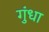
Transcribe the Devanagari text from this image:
गुंधा